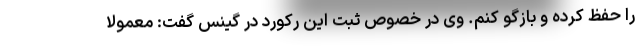
را حفظ کرده و بازگو کنم. وی در خصوص ثبت این رکورد در گینس گفت: معمولاً